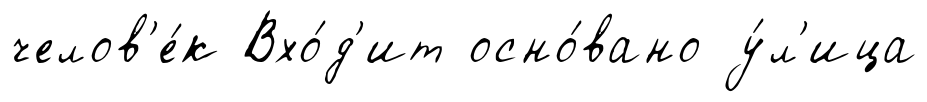
челов'е́к Вхо́д'ит осно́вано у́л'ица